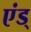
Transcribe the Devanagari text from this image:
एंड्